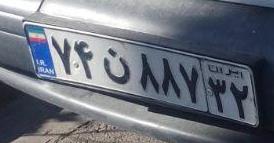
۷۴ن۸۸۷۳۲